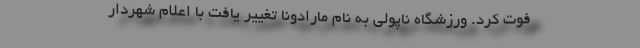
فوت کرد. ورزشگاه ناپولی به نام مارادونا تغییر یافت با اعلام شهردار